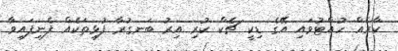
ކާރެއް ހުއްޓުވައި އޭގެ ޑިކީ ޗެކް ކުރި އިރު ބަނގުރާ ފުޅިތަކެއް ފެނިފައިވާ